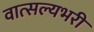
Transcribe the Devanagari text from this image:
वात्सल्यभरी